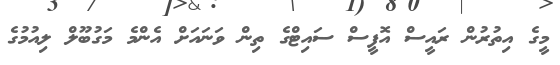
މީގެ އިތުރުން ރައީސް އޮފީސް ސައިޓްގެ ތިން ވަނައަށް އެންމެ މަގުބޫލް ލިއުމުގެ